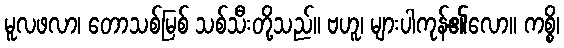
မူလဖလာ၊ တောသစ်မြစ် သစ်သီးတို့သည်။ ဗဟူ၊ များပါကုန်၏လော။ ကစ္စိ၊